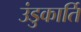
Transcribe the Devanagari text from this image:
उंडुकार्ति